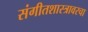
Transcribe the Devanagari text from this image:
संगीतशास्त्रावरचा